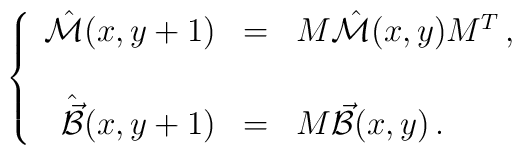
\left\{\begin{array}{rcl}\hat{\cal M}(x,y+1)  & = & M\hat{\cal M}(x,y) M^{T}\, ,\\& & \\\hat{\vec{\cal B}}(x,y+1) & = & M\vec{\cal B}(x,y)\, .\\\end{array}\right.